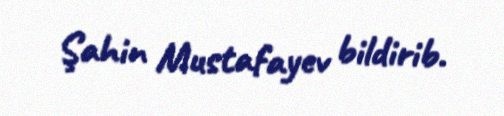
Şahin Mustafayev bildirib.